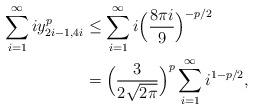
LaTeX: \begin{align*}\sum_{i=1}^\infty iy_{2i-1,4i}^p &\leq \sum_{i=1}^\infty i\Big(\frac{8\pi i}{9}\Big)^{-p/2}\\&=\Big(\frac{3}{2\sqrt{2\pi}}\Big)^p\sum_{i=1}^\infty i^{1-p/2},\end{align*}